Annual report of the Central Committee of the Association together with the report of the directors of the Pasteur Institute at Kasauli
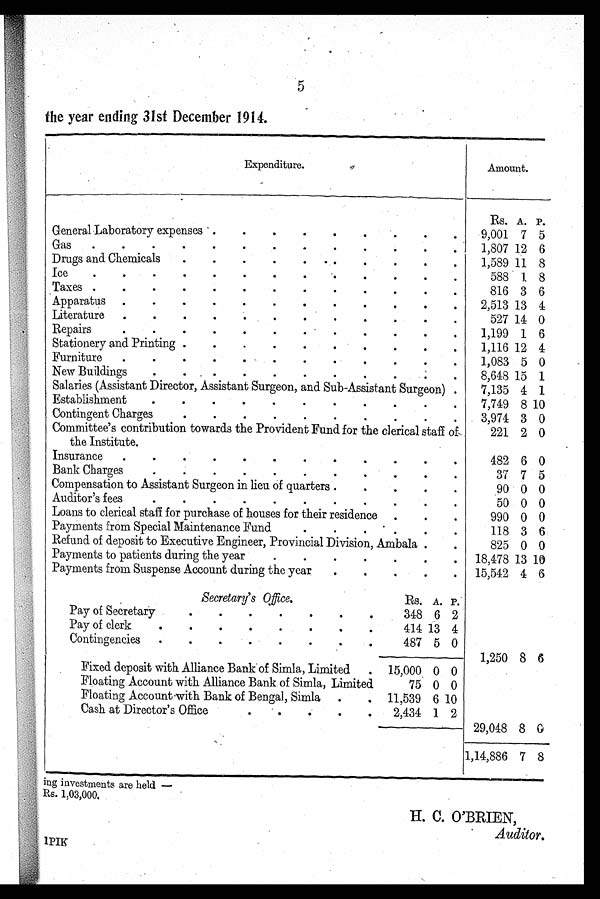
5
the year ending 31st December 1914.
Expenditure.
Amount.
Rs. A. P.
General Laboratory expenses .
.
.
.
. . . .
9,001 7 5
Gas
.
.
.
.
.
. . . . . . . .
1,807 12 6
Drugs and Chemicals
. . . . . . . . . . .
1,589 11 8
Ice
. . . . . . . . . . . . .
588
1 8
Taxes .
.
.
.
.
. . . . . . .
816 3 6
Apparatus .
.
.
.
. . . . . . . .
2,513 13 4
Literature
.
.
.
. . . . . . . . .
527 14 0
Repairs
.
.
.
.
.
. . . . . . .
1,199 1 6
Stationery and Printing .
.
.
.
.
.
.
.
.
.
1,116 12 4
Furniture
.
.
.
.
.
.
.
.
. . . .
1,083 5 0
New Buildings
.
.
. . . . . . . . .
8,648 15 1
Salaries (Assistant Director, Assistant Surgeon, and Sub-Assistant Surgeon) .
7,135 4 1
Establishment
.
. . . . . . . . . .
7,749 8 10
Contingent Charges
.
.
.
.
.
.
. . . .
3,974 3 0
Committee's contribution towards the Provident Fund for the clerical staff o
f the Institute.
221 2 0
Insurance
.
.
.
.
. . . . . . . .
482 6 0
Bank Charges
.
.
.
.
.
.
.
.
.
.
.
37 7 5
Compensation to Assistant Surgeon in lieu of quarters .
.
.
.
90 0 0
Auditor's fees
.
.
.
. . . . . . . .
50 0 0
Loans to clerical staff for purchase of houses for their residence
.
.
.
990 0 0
Payments from Special Maintenance Fund
. . . . . .
118 3 6
Refund of deposit to Executive Engineer, Provincial Division, Ambala . .
825 0 0
Payments to patients during the year
.
.
.
.
.
.
.
18,478 13 10
Payments from Suspense Account during the year
.
.
.
.
.
15,542 4 6
Secretary's Office.
Rs. A. P.
Pay of Secretary
.
.
.
.
.
.
.
348 6 2
Pay of clerk
.
.
.
.
.
.
.
414 13 4
Contingencies
.
.
.
.
.
.
.
. 4 8 7
5 0
1 , 2 5 0 8 6
Fixed deposit with Alliance Bank of Simla, Limited
. 15,000 0 0
Floating Account with Alliance Bank of Simla, Limited
75 0 0
Floating Account with Bank of Bengal, Simla .
. 11,539 6 10
Cash at Director's Office
.
.
.
.
.
2,434 1 2
2 9 , 0 4 8 8 0
1,14,886 7 8
ing investments are held —
R s . 1 , 0 3 , 0 0 0 .
H. C. O'BRIEN,
Auditor.
1 P I K